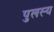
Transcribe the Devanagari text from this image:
पुलस्य